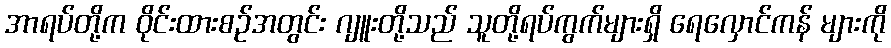
အာရပ်တို့က ဝိုင်းထားစဉ်အတွင်း ဂျူးတို့သည် သူတို့ရပ်ကွက်များရှိ ရေလှောင်ကန် များကို